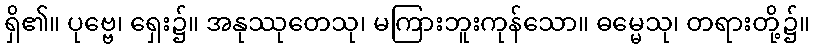
ရှိ၏။ ပုဗ္ဗေ၊ ရှေး၌။ အနုဿုတေသု၊ မကြားဘူးကုန်သော။ ဓမ္မေသု၊ တရားတို့၌။